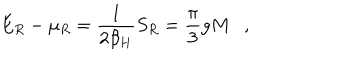
LaTeX: E _ { R } - \mu _ { R } = { \frac { 1 } { 2 \beta _ { H } } } S _ { R } = { \frac { \pi } { 3 } } g M ,